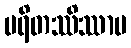
ပရိတဿိဿာမ